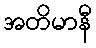
အတိမာနီ